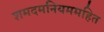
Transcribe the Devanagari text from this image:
शमदमनियममहित